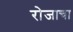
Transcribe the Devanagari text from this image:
रोजाचा